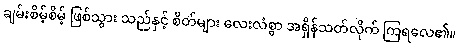
ချမ်းစိမ့်စိမ့် ဖြစ်သွား သည်နှင့် စိတ်များ လေးလံစွာ အရှိန်သတ်လိုက် ကြရလေ၏။